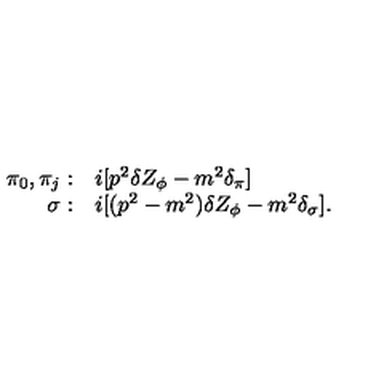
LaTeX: \begin{array} { r l } { \pi _ { 0 } , \pi _ { j } : } & { i [ p ^ { 2 } \delta Z _ { \phi } - m ^ { 2 } \delta _ { \pi } ] } \\ { \sigma : } & { i [ ( p ^ { 2 } - m ^ { 2 } ) \delta Z _ { \phi } - m ^ { 2 } \delta _ { \sigma } ] . } \\ \end{array}